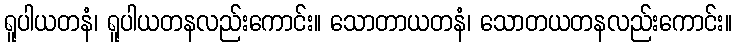
ရူပါယတနံ၊ ရူပါယတနလည်းကောင်း။ သောတာယတနံ၊ သောတယတနလည်းကောင်း။